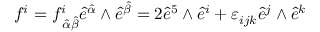
f ^ { i } = f _ { \, { \hat { \alpha } } { \hat { \beta } } } ^ { i } { \hat { e } } ^ { \hat { \alpha } } \wedge { \hat { e } } ^ { \hat { \beta } } = 2 { \hat { e } } ^ { 5 } \wedge { \hat { e } } ^ { i } + \varepsilon _ { i j k } { \hat { e } } ^ { j } \wedge { \hat { e } } ^ { k }